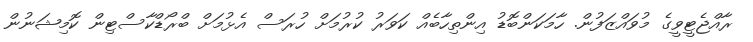
ރާއްޖެޓީވީގެ މުވައްޒަފުން. ހާމަކަންބޮޑު އިންތިހާބެއް ކަވަރު ކުރުމަށް ހުރަސް އެޅުމަށް ބްރޯޑްކާސްޓިން ކޮމިޝަނުން